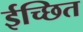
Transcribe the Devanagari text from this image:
ईच्छित